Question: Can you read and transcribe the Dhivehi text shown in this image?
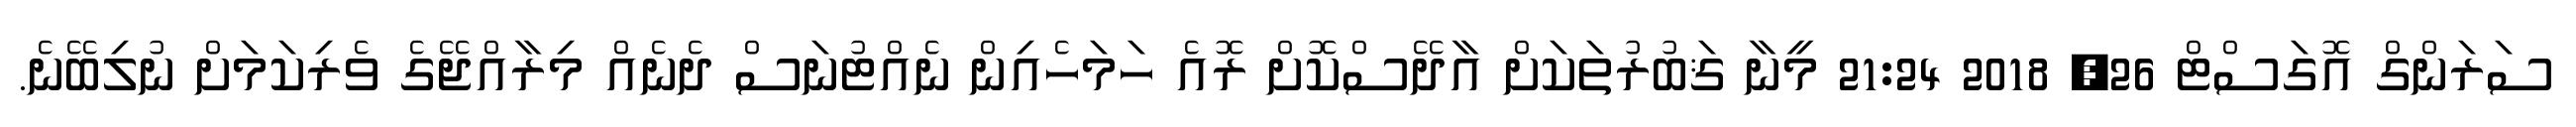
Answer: ސަރަންގް އޮގަސްޓް 26, 2018 21:24 މީނާ ޤަބުރުތަކަށް އާދޭސްކޮށް ރޮއެ ހަމަހެއިން ނެއްޓުނަސް ދެނެއް މިރާއްޖޭގެ ވެރިކަމަށް ނުލިބޭނެ.